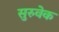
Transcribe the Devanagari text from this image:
सुरुवेक